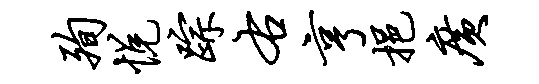
殉悦踪右亨挹广